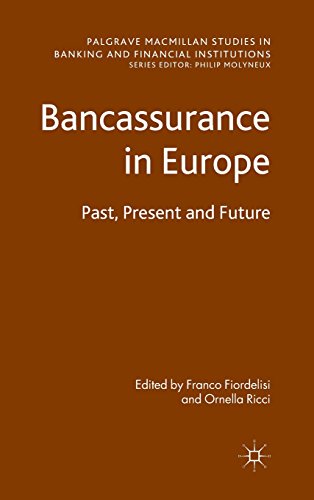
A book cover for Bancassurance in Europe: Past, Present and Future (Palgrave Macmillan Studies in Banking and Financial Institutions); Business & Money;